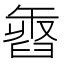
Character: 𦥽